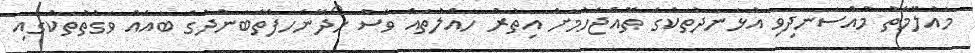
މައުލޫމާތު މުއްސަނދިވި އުޅަނދުތަކުގެ ތޮއްޖެހުމަށް އިތުރު ހައްލުތައް ވެސް ހޯދޭނެހަފްތާބަންދުގެ ބައެއް ވަގުތުތަކުގައި